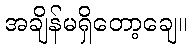
အချိန်မရှိတော့ချေ။